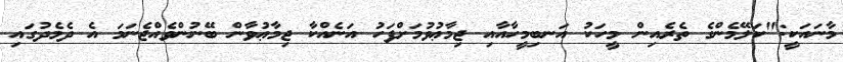
މާނައަކީ:"ކަލޭމެންގެ ތެރެއިން މީހަކު އަނބިމީހާއާއި ޖިމާޢުވުމަށްފަހު އަނެއްކާ ޖިމާޢުވާން ބޭނުންވެއްޖެނަމަ އެ ދެމެދުގައި